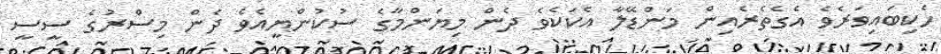
ހެކިބައިވަރެވެ އެގެތެރެއިން މަންޑޭލާ އެކަކެވެ ދެން މިޔަންމާގެ ސުކުންޔީއެވެ ދެން މިސްރުގެ ސީސީ